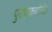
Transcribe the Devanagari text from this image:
पुराणकथांतील